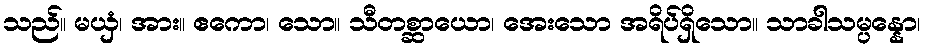
သည်။ မယှံ၊ အား။ ဧကော၊ သော။ သီတစ္ဆာယော၊ အေးသော အရိပ်ရှိသော။ သာခါသမ္ပန္နော၊